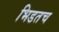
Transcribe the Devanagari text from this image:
भिडतच